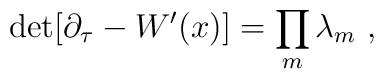
{\rm{det}} [\partial_{\tau}  - W^{\prime}(x)] = \prod_m \lambda_m~,